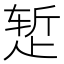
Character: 𬆂